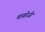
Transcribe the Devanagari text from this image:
चावोजी